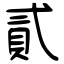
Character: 貳